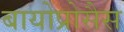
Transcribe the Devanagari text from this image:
बायोप्रोसैस